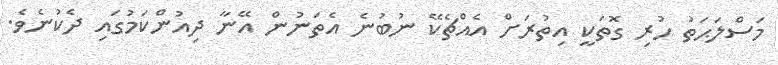
މަސްލަޙަތު ހުރި ގޮތަކީ އިތުރަށް އެއްޗެކޭ ނުބުނެ އެތަނުން އޭނާ ދިއުންކަމުގައި ދެކުނެވެ.